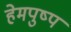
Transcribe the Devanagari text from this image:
हेमपुष्प